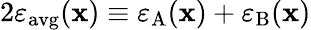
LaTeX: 2\varepsilon_{\mathrm{avg}}(\mathbf{x})\equiv\varepsilon_{\mathrm{A}}(\mathbf{x})+\varepsilon_{\mathrm{B}}(\mathbf{x})